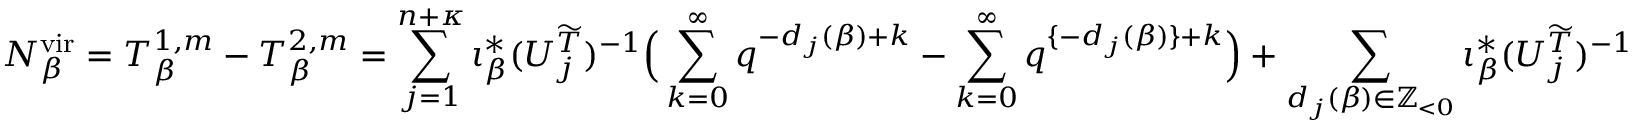
N _ { \beta } ^ { \mathrm { v i r } } = T _ { \beta } ^ { 1 , m } - T _ { \beta } ^ { 2 , m } = \sum _ { j = 1 } ^ { n + { \boldsymbol { \kappa } } } \iota _ { \beta } ^ { * } ( U _ { j } ^ { \widetilde { T } } ) ^ { - 1 } \Big ( \sum _ { k = 0 } ^ { \infty } q ^ { - d _ { j } ( \beta ) + k } - \sum _ { k = 0 } ^ { \infty } q ^ { \{ - d _ { j } ( \beta ) \} + k } \Big ) + \sum _ { d _ { j } ( \beta ) \in \mathbb { Z } _ { < 0 } } \iota _ { \beta } ^ { * } ( U _ { j } ^ { \widetilde { T } } ) ^ { - 1 }